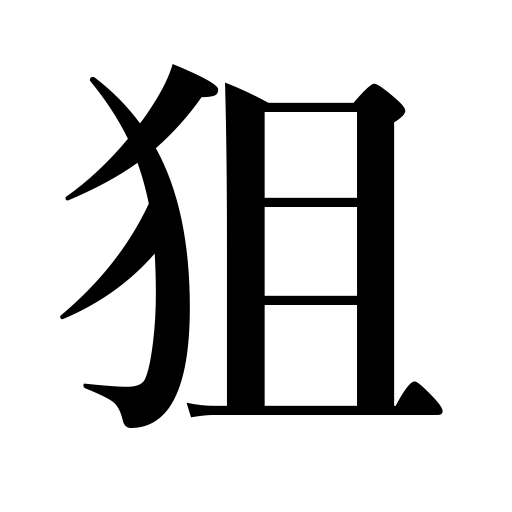
Meanings: sight,shadow,watch for,aim at,stalk